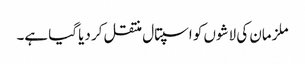
ملزمان کی لاشوں کو اسپتال منتقل کر دیا گیا ہے۔